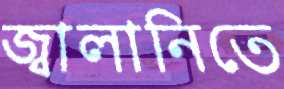
জ্বালানিতে